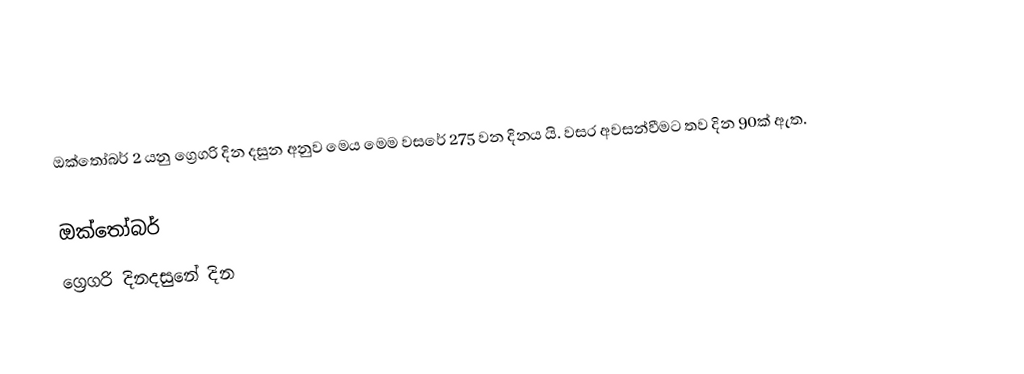
ඔක්තෝබර් 2 යනු ග්‍රෙගරි දින දසුන අනුව මෙය මෙම වසරේ 275 වන දිනය යි. වසර අවසන්වීමට තව දින 90ක් ඇත.

ඔක්තෝබර්
ග්‍රෙගරි දිනදසුනේ දින